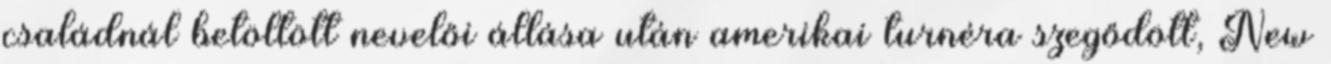
családnál betöltött nevelői állása után amerikai turnéra szegődött, New